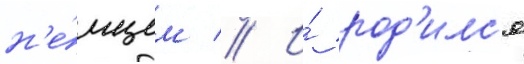
н'е́мцем // И́ род'илс'я